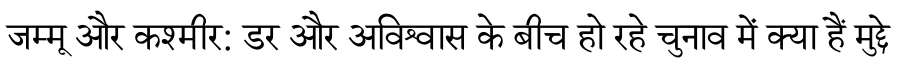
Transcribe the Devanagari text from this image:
जम्मू और कश्मीर: डर और अविश्वास के बीच हो रहे चुनाव में क्या हैं मुद्दे